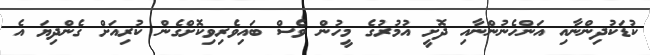
ކުޑަކުދިންނާއި އަންހެނުންނާއި ދޮށީ އުމުރުގެ މީހުން ވެސް ބައިވެރިވިކޮށްގެން ކުރިއަށް ގެންދިޔަ އެ